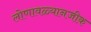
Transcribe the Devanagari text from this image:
लोणावळ्यानजीक